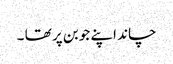
چاند اپنے جوبن پر تھا ۔